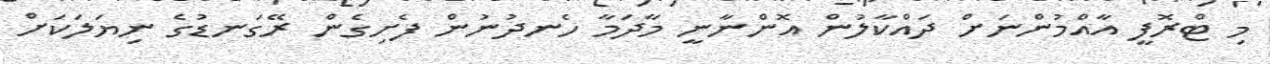
މި ޓްރޮފީ އާއްމުންނަށް ދައްކާލުން އޮންނާނީ މާދަމާ ހެނދުނުން ފެށިގެން ރޭގަނޑުގެ ނިޔަލަކަށް